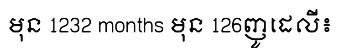
មុន 1232 months មុន 126ញូដេលី៖